Vaccination in Bombay 1913-1923 - 1913-1923
Year: 1913
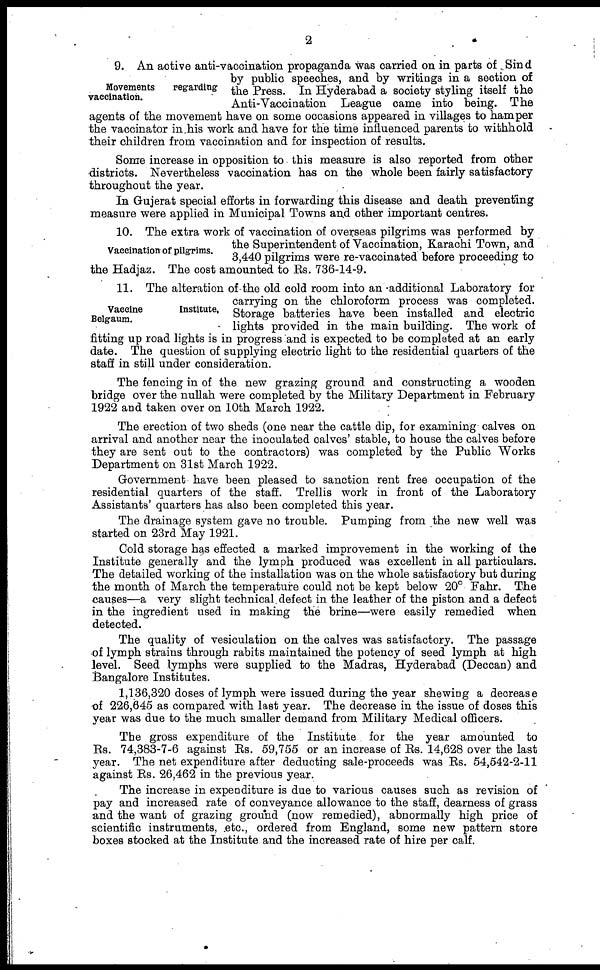
2
Movements
regarding
vaccination.
9. An active anti-vaccination propaganda was carried on in parts of Sind
by public speeches, and by writings in a section of
the Press. In Hyderabad a society styling itself the
Anti-Vaccination League came into being. The
agents of the movement have on some occasions appeared in villages to hamper
the vaccinator in his work and have for the time influenced parents to withhold
their children from vaccination and for inspection of results.
Some increase in opposition to this measure is also reported from other
districts. Nevertheless vaccination has on the whole been fairly satisfactory
throughout the year.
In Gujerat special efforts in forwarding this disease and death preventing
measure were applied in Municipal Towns and other important centres.
Vaccination of pilgrims.
10. The extra work of vaccination of overseas pilgrims was performed by
the Superintendent of Vaccination, Karachi Town, and
3,440 pilgrims were re-vaccinated before proceeding to
the Hadjaz. The cost amounted to Rs. 736-14-9.
Vaccine
Institute,
Belgaum.
11. The alteration of the old cold room into an additional Laboratory for
carrying on the chloroform process was completed.
Storage batteries have been installed and electric
lights provided in the main building. The work of
fitting up road lights is in progress and is expected to be completed at an early
date. The question of supplying electric light to the residential quarters of the
staff in still under consideration.
The fencing in of the new grazing ground and constructing a wooden
bridge over the nullah were completed by the Military Department in February
1922 and taken over on 10th March 1922.
The erection of two sheds (one near the cattle dip, for examining calves on
arrival and another near the inoculated calves' stable, to house the calves before
they are sent out to the contractors) was completed by the Public Works
Department on 31st March 1922.
Government have been pleased to sanction rent free occupation of the
residential quarters of the staff. Trellis work in front of the Laboratory
Assistants' quarters has also been completed this year.
The drainage system gave no trouble. Pumping from the new well was
started on 23rd May 1921.
Cold storage has effected a marked improvement in the working of the
Institute generally and the lymph produced was excellent in all particulars.
The detailed working of the installation was on the whole satisfactory but during
the month of March the temperature could not be kept below 20° Fahr. The
causes—a very slight technical defect in the leather of the piston and a defect
in the ingredient used in making the brine—were easily remedied when
detected.
The quality of vesiculation on the calves was satisfactory. The passage
of lymph strains through rabits maintained the potency of seed lymph at high
level. Seed lymphs were supplied to the Madras, Hyderabad (Deccan) and
Bangalore Institutes.
1,136,320 doses of lymph were issued during the year shewing a decrease
of 226,645 as compared with last year. The decrease in the issue of doses this
year was due to the much smaller demand from Military Medical officers.
The gross expenditure of the Institute for the year amounted to
Rs. 74,383-7-6 against Rs. 59,755 or an increase of Rs. 14,628 over the last
year. The net expenditure after deducting sale-proceeds was Rs. 54,542-2-11
against Rs. 26,462 in the previous year.
The increase in expenditure is due to various causes such as revision of
pay and increased rate of conveyance allowance to the staff, dearness of grass
and the want of grazing ground (now remedied), abnormally high price of
scientific instruments, etc., ordered from England, some new pattern store
boxes stocked at the Institute and the increased rate of hire per calf.